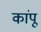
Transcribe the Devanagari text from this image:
कांपू